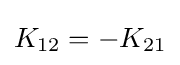
K_{12}=-K_{21}